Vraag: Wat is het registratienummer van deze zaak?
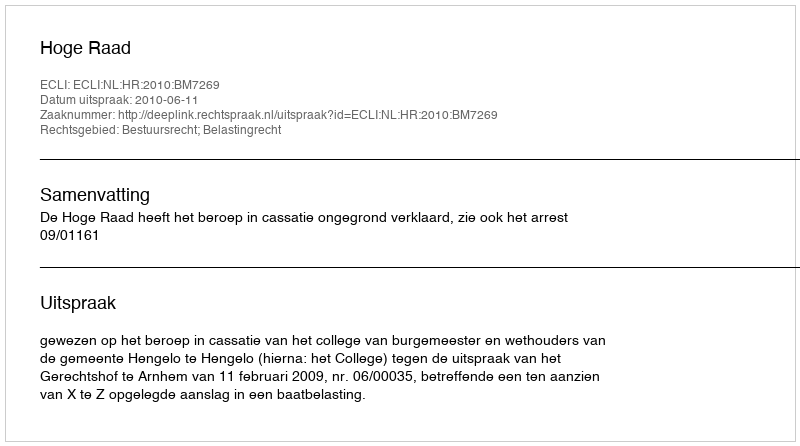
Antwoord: http://deeplink.rechtspraak.nl/uitspraak?id=ECLI:NL:HR:2010:BM7269